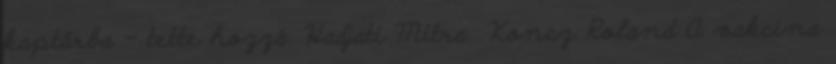
kaptárba – tette hozzá. Hadjati Mitra Koncz Roland A vakcina